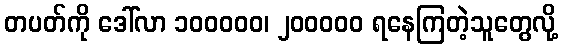
တပတ်ကို ဒေါ်လာ ၁၀၀၀၀၀၊ ၂၀၀၀၀၀ ရနေကြတဲ့သူတွေလို့